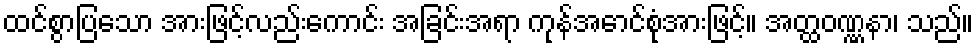
ထင်စွာပြသော အားဖြင့်လည်းကောင်း အခြင်းအရာ ကုန်အောင်စုံအားဖြင့်။ အတ္ထဝဏ္ဏနာ၊ သည်။